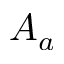
A _ { a }